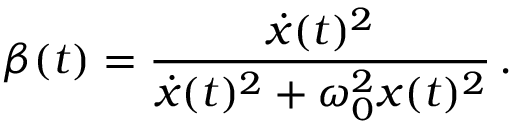
\beta ( t ) = \frac { \dot { x } ( t ) ^ { 2 } } { \dot { x } ( t ) ^ { 2 } + \omega _ { 0 } ^ { 2 } x ( t ) ^ { 2 } } \, .